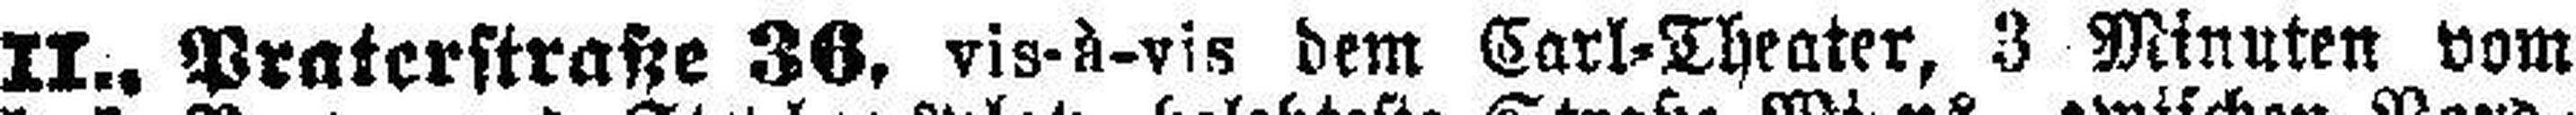
II., Praterstraße 36, vis-à-vis dem Carl-Theater, 3 Minuten vom